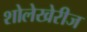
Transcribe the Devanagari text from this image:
शोलेखेरीज